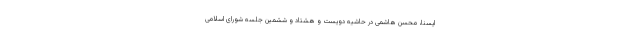
ایسنا، محسن هاشمی در حاشیه دویست و هشتاد و ششمین جلسه شورای اسلامی